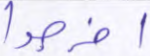
اخرجوا